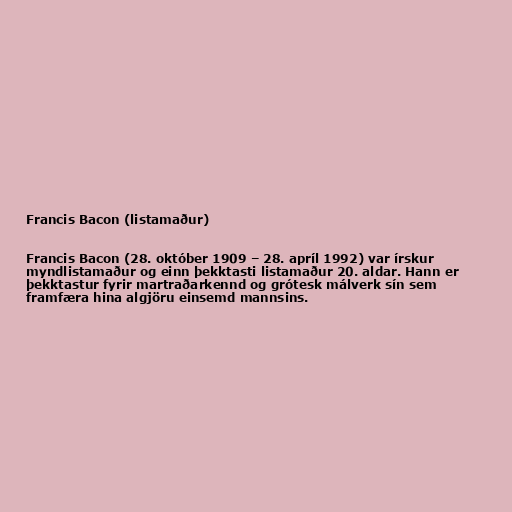
Francis Bacon (listamaður)

Francis Bacon (28. október 1909 – 28. apríl 1992) var írskur
myndlistamaður og einn þekktasti listamaður 20. aldar. Hann er
þekktastur fyrir martraðarkennd og grótesk málverk sín sem
framfæra hina algjöru einsemd mannsins.